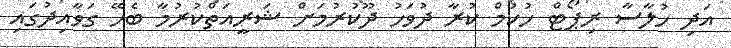
އަދި ހުލާސާ ރިޕޯޓް ހުކުމް ކުރާ ދުވަހު ދޫކުރުމަށް ޝަރީއަތްކުރުމާ ބެހޭ ގަވާއިދުގައި